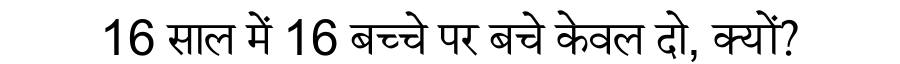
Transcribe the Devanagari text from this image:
16 साल में 16 बच्चे पर बचे केवल दो, क्यों?